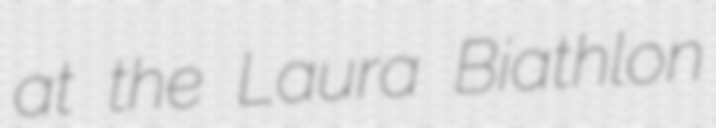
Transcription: at the Laura Biathlon